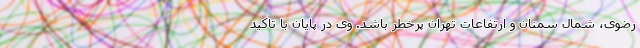
رضوی، شمال سمنان و ارتفاعات تهران پرخطر باشد. وی در پایان با تاکید